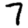
Digit: 7